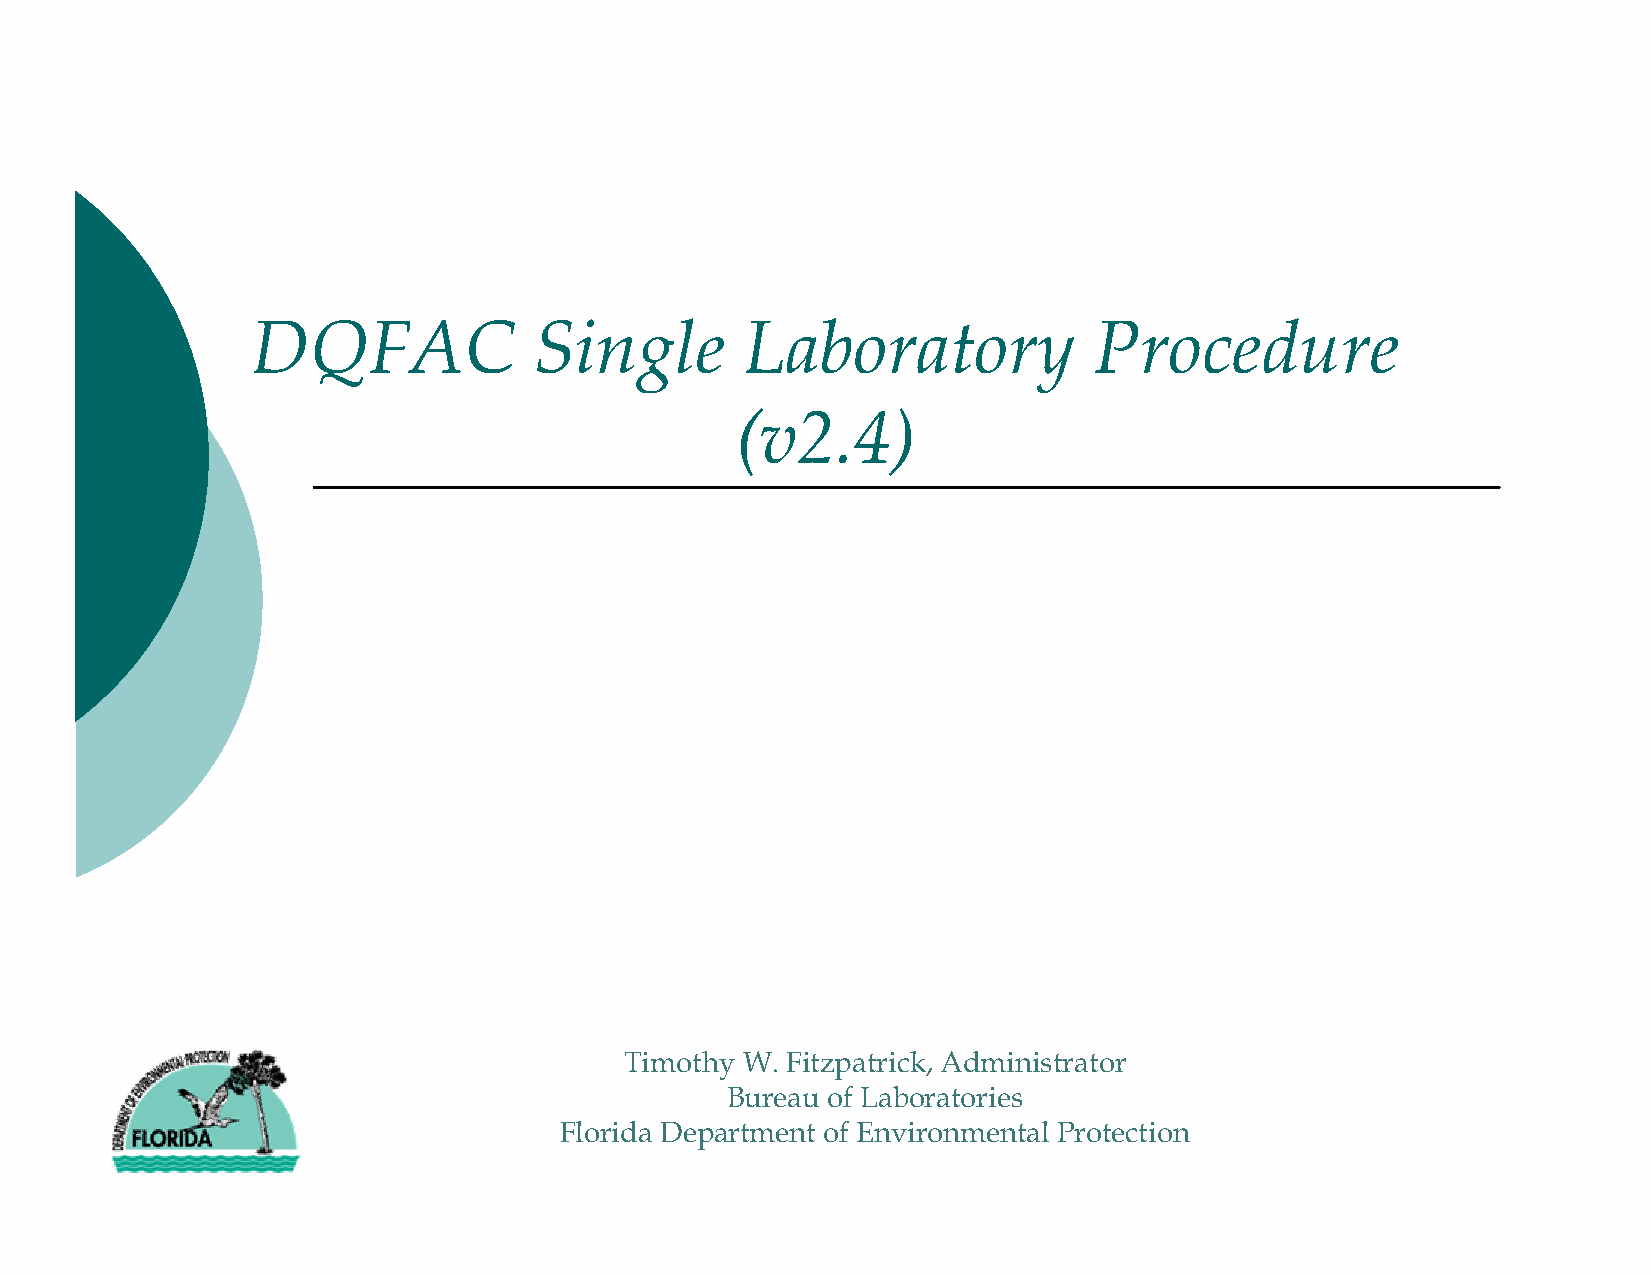
DQFAC             Single        Laboratory             Procedure
 (v2.4)
 Timothy W. Fitzpatrick, Administrator
 Bureau of Laboratories
 Florida Department of Environmental Protection